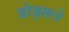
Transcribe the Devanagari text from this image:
डोड्सले